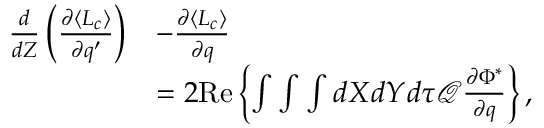
\begin{array} { r l } { \frac { d } { d Z } \left( \frac { \partial \langle L _ { c } \rangle } { \partial q ^ { \prime } } \right) } & { - \frac { \partial \langle L _ { c } \rangle } { \partial q } } \\ & { = 2 \mathrm { R e } \left\{ \int \int \int d X d Y d \tau \mathcal { Q } \frac { \partial \Phi ^ { \ast } } { \partial q } \right\} , } \end{array}